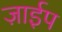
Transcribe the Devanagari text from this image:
ज़ाईप